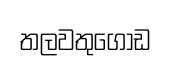
තලවතුගොඩ